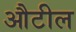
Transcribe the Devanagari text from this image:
औटील